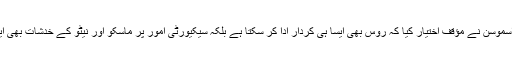
آندرس فوگ راسموسن نے مؤقف اختیار کیا کہ روس بھی ایسا ہی کردار ادا کر سکتا ہے بلکہ سیکیورٹی امور پر ماسکو اور نیٹو کے خدشات بھی ایک جیسے ہیں۔